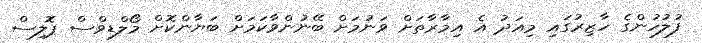
ފުލުހުންގެ ހާޒިރުގައި މިއަދު އެ އިމާރާތަށް ވަނުމަށް ބޭނުންވާކަމަށް ބަޔާންކޮށް މޯލްޑިވްސް ޕޮލިސް